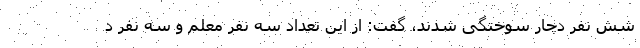
شش نفر دچار سوختگی شدند، گفت: از این تعداد سه نفر معلم و سه نفر د